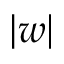
\lvert w \rvert